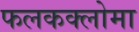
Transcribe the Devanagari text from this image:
फलकक्लोमा